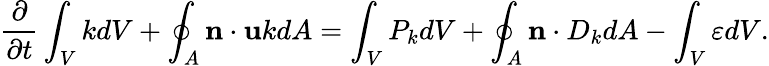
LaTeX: \frac{\partial}{\partial t}\int_{V}kdV+\oint_{A}\mathbf{n}\cdot\mathbf{u}kdA=\int_{V}P_{k}dV+\oint_{A}\mathbf{n}\cdot D_{k}dA-\int_{V}\varepsilon dV.